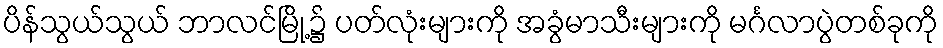
ပိန်သွယ်သွယ် ဘာလင်မြို့၌ ပတ်လုံးများကို အခွံမာသီးများကို မင်္ဂလာပွဲတစ်ခုကို